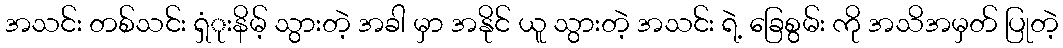
အသင်း တစ်သင်း ရှံုးနိမ့် သွားတဲ့ အခါ မှာ အနိုင် ယူ သွားတဲ့ အသင်း ရဲ့ ခြေစွမ်း ကို အသိအမှတ် ပြုတဲ့